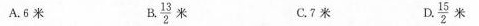
A.6米 B.\frac{13}{2}米 C.7米 D.\frac{15}{2}米